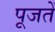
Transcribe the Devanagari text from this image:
पूजतें